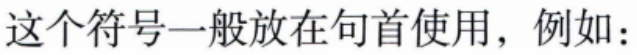
这个符号一般放在句首使用，例如：